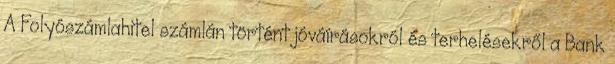
A Folyószámlahitel számlán történt jóváírásokról és terhelésekről a Bank